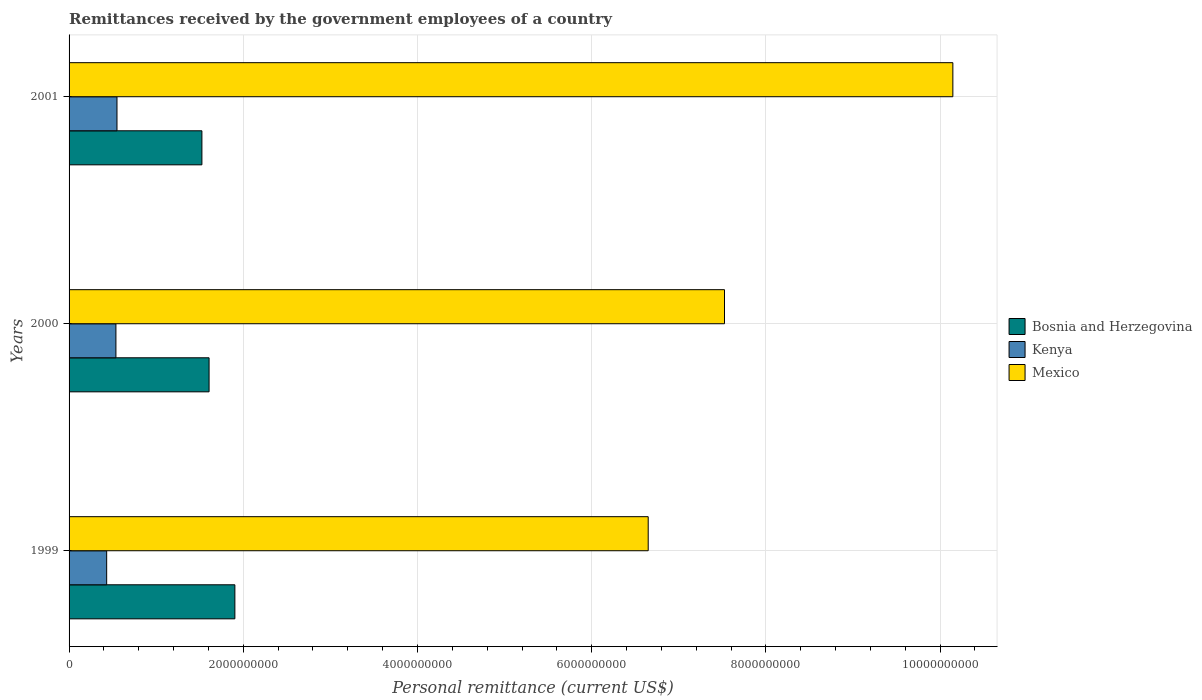
| Years | Bosnia and Herzegovina | Kenya | Mexico |
 | --- | --- | --- | --- |
 | 1999 | 1.9e+09 | 4.32e+08 | 6.65e+09 |
 | 2000 | 1.61e+09 | 5.38e+08 | 7.52e+09 |
 | 2001 | 1.52e+09 | 5.5e+08 | 1.01e+10 |